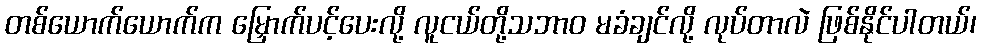
တစ်ယောက်ယောက်က မြှောက်ပင့်ပေးလို့ လူငယ်တို့သဘာဝ မခံချင်လို့ လုပ်တာလဲ ဖြစ်နိုင်ပါတယ်၊